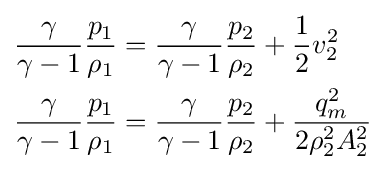
{\begin{aligned}{\frac {\gamma }{\gamma -1}}{\frac {p_{1}}{\rho _{1}}}&={\frac {\gamma }{\gamma -1}}{\frac {p_{2}}{\rho _{2}}}+{\frac {1}{2}}v_{2}^{2}\\{\frac {\gamma }{\gamma -1}}{\frac {p_{1}}{\rho _{1}}}&={\frac {\gamma }{\gamma -1}}{\frac {p_{2}}{\rho _{2}}}+{\frac {q_{m}^{2}}{2\rho _{2}^{2}A_{2}^{2}}}\end{aligned}}